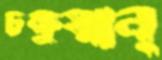
চক্ষুষ্মান্‌